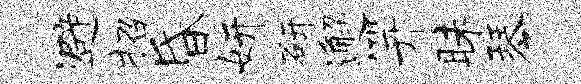
避招昏妍研邂笄昧琴